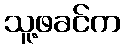
သူ့ဖခင်က